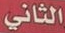
الثاني